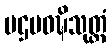
ပဌမဝဍ္ဎိသုတ္တံ